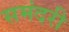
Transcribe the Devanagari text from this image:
समंदरी